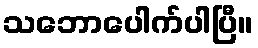
သဘောပေါက်ပါပြီ။